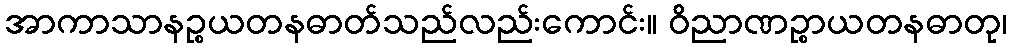
အာကာသာနဉ္စယတနဓာတ်သည်လည်းကောင်း။ ဝိညာဏဉ္စာယတနဓာတု၊